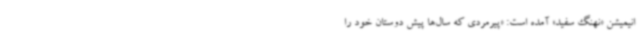
انیمیشن «نهنگ سفید» آمده است: «پیرمردی که سال‌ها پیش دوستان خود را